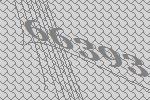
66393